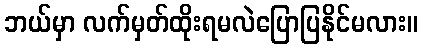
ဘယ်မှာ လက်မှတ်ထိုးရမလဲပြောပြနိုင်မလား။